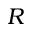
R